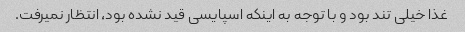
غذا خیلی تند بود و با توجه به اینکه اسپایسی قید نشده بود، انتظار نمیرفت.